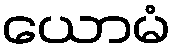
ယောမံ